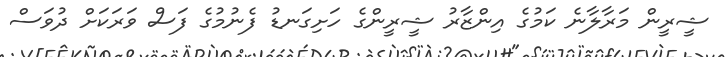
ޝީރީން މަރާލާނެ ކަމުގެ އިންޒާރު ޝީރީންގެ ހަށިގަނޑު ފެނުމުގެ ފަސް ވަރަކަށް ދުވަސް